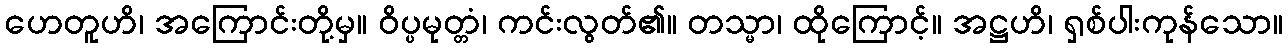
ဟေတူဟိ၊ အကြောင်းတို့မှ။ ဝိပ္ပမုတ္တံ၊ ကင်းလွတ်၏။ တသ္မာ၊ ထိုကြောင့်။ အဋ္ဌဟိ၊ ရှစ်ပါးကုန်သော။